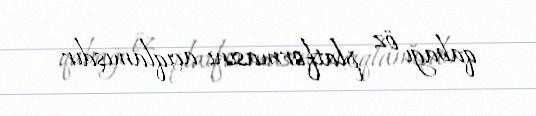
qabağı öz platformasını açıqlamışdır.